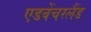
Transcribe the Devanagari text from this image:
एडवेंचरलैंड